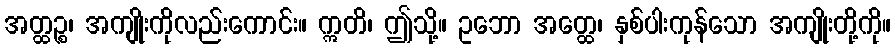
အတ္ထဉ္စ၊ အကျိုးကိုလည်းကောင်း။ ဣတိ၊ ဤသို့။ ဥဘော အတ္ထေ၊ နှစ်ပါးကုန်သော အကျိုးတို့ကို။